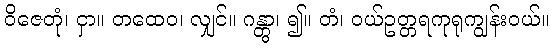
ဝိဇေတုံ၊ ငှာ။ တထေဝ၊ လျှင်။ ဂန္တွာ၊ ၍။ တံ၊ ဝယ်ဥတ္တရကုရုကျွန်းဝယ်။